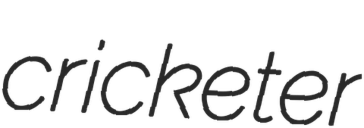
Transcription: cricketer